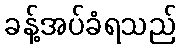
ခန့်အပ်ခံရသည်